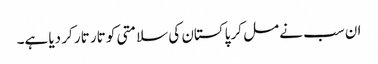
ان سب نے مل کر پاکستان کی سلامتی کو تار تار کر دیا ہے۔